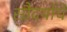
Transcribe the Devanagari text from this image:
सौंदर्यांचे